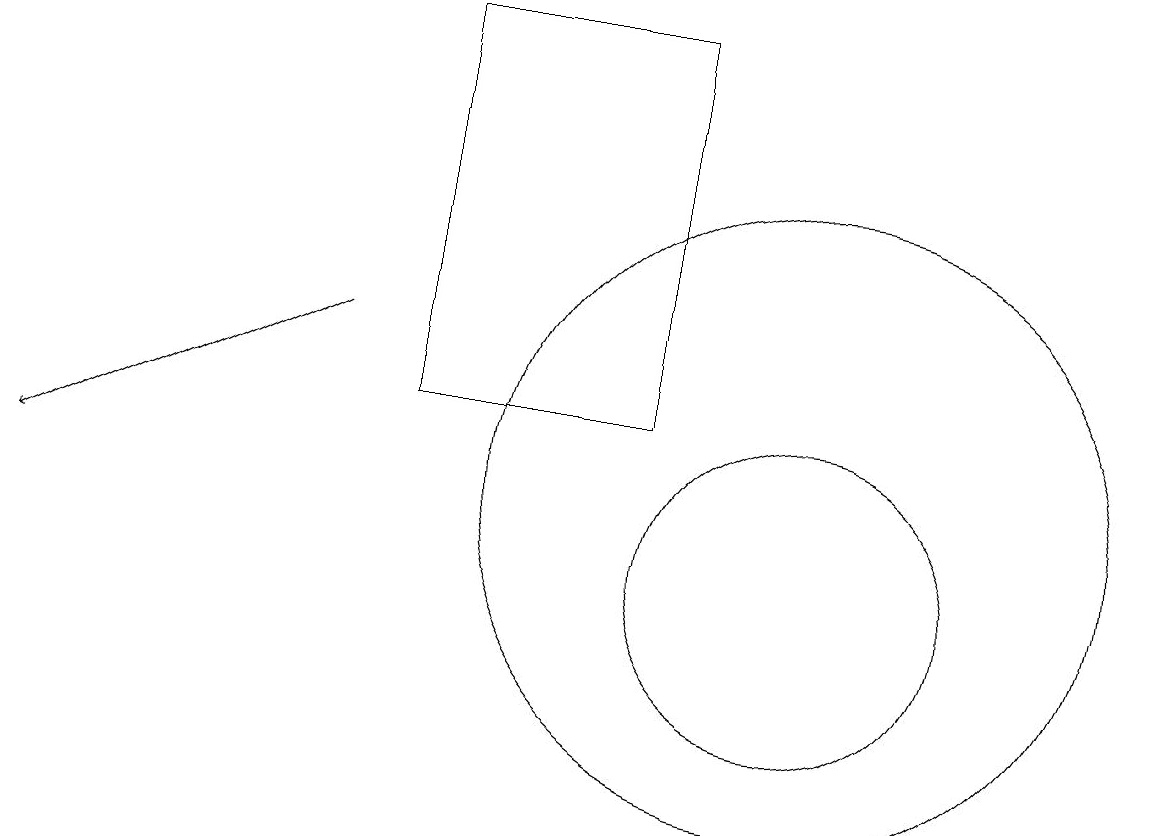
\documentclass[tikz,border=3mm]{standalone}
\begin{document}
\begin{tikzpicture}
\draw (9,17) rectangle (6,12);
\draw (11,11) circle (4);
\draw (11,10) circle (2);
\draw[->] (5,13) -- (1,11);
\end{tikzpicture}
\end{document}